system: You are a helpful assistant.
user:
Analyze the provided spectrum to determine if it is a **S-type Star**.

- **Key Indicators for S-type Star:**

    - **(Overall Spectrum Shape):** The first and most obvious characteristic is the overall continuum (the "baseline" shape). It is **extremely "red-sloping,"** meaning the flux (light intensity) is very low on the left side (blue, ~4000-4500 Å) and rises steeply and continuously toward the right side (red, ~7000 Å+).

    - **(Primary):** The spectrum is defined by the presence of strong, broad molecular absorption "valleys" (bands) from **Zirconium Oxide (ZrO)**. The identification of these bands is the **primary requirement** for classifying a star as S-type.
        - **(Key Bandheads):** You must find distinct, deep "dips" where the light has been absorbed. The most critical band systems to locate are:
            - **~6474 Å** ($\gamma$-system): This is often the strongest and clearest ZrO feature, found in the red part of the spectrum.
            - **~5718 Å** & **~5551 Å** ($\beta$-system): A pair of prominent absorption features in the yellow-orange part of the spectrum.
            - **~4640 Å** ($\alpha$-system): A key absorption band system in the blue-green region of the spectrum.

    - **(Secondary Confirmation):** The classification is strengthened by finding additional absorption bands from other related heavy element oxides, which are expected to be present alongside ZrO.
        - **(Key Bandheads):**
            - **Yttrium Oxide (YO):** Look for absorption dips near **~4800 Å** and **~6100 Å**.
            - **Lanthanum Oxide (LaO):** Additional absorption features, particularly in the red-orange part of the spectrum, are also characteristic.

    - **(Line Profile):** The combination of the steep red continuum and these numerous, deep molecular bands (ZrO, YO, etc.) gives the entire spectrum a very **"chopped-up"** or **"bumpy"** appearance. Instead of a smooth curve, the spectrum looks as though large, wide chunks of light have been "carved out" of it at the specific wavelengths listed above.

Think first, call **spectral_visualization_tool** if needed to examine features in detail, then provide your final answer. Your response must adhere to the following strict rules:
1.  **Overall Structure:** Your response must follow the format `<think>...</think> <tool_call>...</tool_call> (if a tool is used) <answer>...</answer>`.
2.  **Tool Usage Constraint:** You may only make **one** tool call per turn.
3.  **Final Answer Format:** In the `<answer>` tag, your conclusion must be inside a `\boxed{}` command (e.g., `\boxed{YES}` or `\boxed{NO}`), followed by your justification.

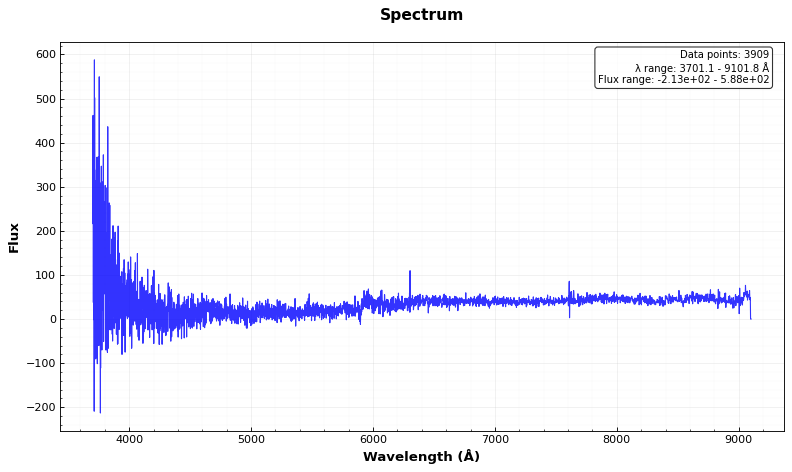
Answer: YES